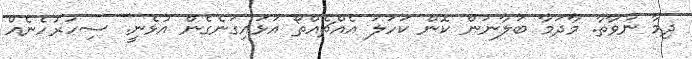
ދިމާ ނުވާތާ. މާދަމާ ބަލާނަން ކޮން ކަހަލަ އެއްޗެއްތޯ އަޅައިގަނެގެން އުޅެނީ. ސިހުރުހެނެއް